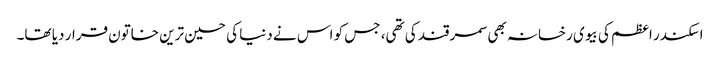
اسکندر اعظم کی بیوی رخسانہ بھی سمرقند کی تھی، جس کو اس نے دنیا کی حسین ترین خاتون قرار دیا تھا۔